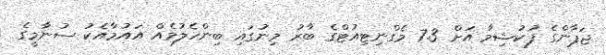
ޖަޕާންގެ ފުކުޝިމާ އަށް 7.3 މެގްނިޓިއުޓްގެ ބާރު މިނުގައި ބިންހެލުމެއް އައުމާއެކު ސުނާމީގެ